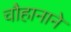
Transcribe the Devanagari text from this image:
चौहानाने